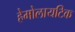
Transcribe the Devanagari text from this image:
हेमोलायटिक